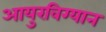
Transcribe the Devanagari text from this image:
आयुरविग्यान